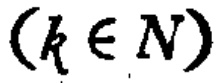
$(k \in \mathbb{N})$